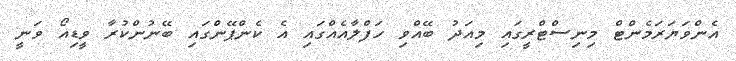
އެންވަޔަރަމެންޓް މިނިސްޓްރީގައި މިއަދު ބޭއްވި ހަފްލާއެއްގައި އެ ކެންޕޭންގައި ބޭނުންކުރާ ވީޑިއޯ ވަނީ